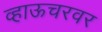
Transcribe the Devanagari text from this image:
व्हाऊचरवर